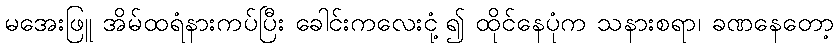
မအေးဖြူ အိမ်ထရံနားကပ်ပြီး ခေါင်းကလေးငုံ့၍ ထိုင်နေပုံက သနားစရာ၊ ခဏနေတော့